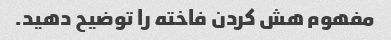
مفهوم هش کردن فاخته را توضیح دهید.